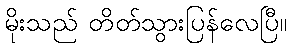
မိုးသည် တိတ်သွားပြန်လေပြီ။